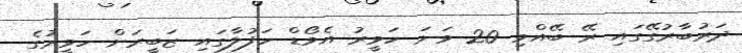
ދަރުބާރުގޭގައި ރޭ ބޭއްވި 20 ވަނަ ހަވީރު އެވޯޑް ހަފުލާގައި ޒަބީރަށް ހަވީރުގެ